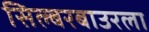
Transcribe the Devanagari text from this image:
सिल्बरबाउरला